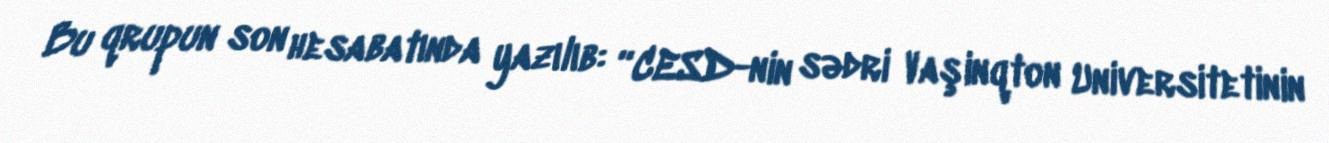
Bu qrupun son hesabatında yazılıb: “CESD-nin sədri Vaşinqton Universitetinin